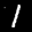
Label: 1